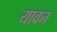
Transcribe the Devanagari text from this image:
यावन